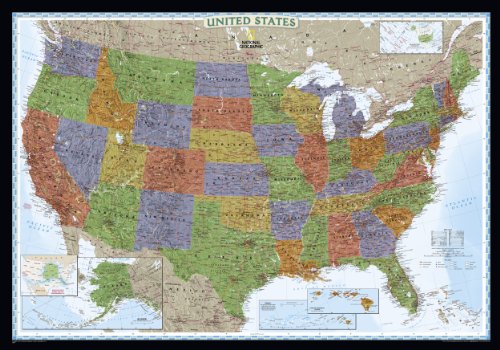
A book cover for United States Decorator [Laminated] (National Geographic Reference Map); National Geographic Maps - Reference; Reference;